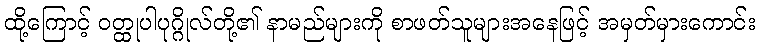
ထို့ကြောင့် ဝတ္ထုပါပုဂ္ဂိုလ်တို့၏ နာမည်များကို စာဖတ်သူများအနေဖြင့် အမှတ်မှားကောင်း